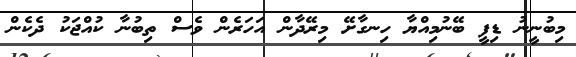
މިބުނީނު ޑިފީ ބޭނުމިއްޔާ ހިނގާށޭ މިރޭދާން އަހަރެން ވެސް ތިބުނާ ކުއްޖަކު ދެކެން